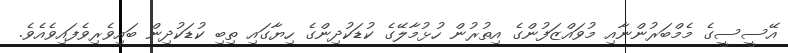
އޭސީސީގެ މެމްބަރުންނާއި މުވައްޒަފުންގެ އިތުރުން ހުޅުމާލޭގެ ކުޑަކުދިންގެ ހިޔާގައި ތިބި ކުޑަކުދިން ބައިވެރިވެފައިވެއެވެ.